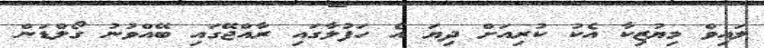
ލައިވް މިޔުޒިކާ އެކު ކުރިއަށް ދިޔަ އެ ހަފުލާގައި ރާއްޖޭގައި ބޭއްވުނު ގޯލްޑަން